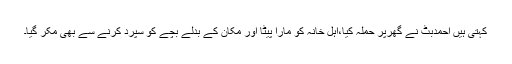
کہتی ہیں احمدبٹ نے گھرپر حملہ کیا،اہل خانہ کو مارا پیٹا اور مکان کے بدلے بچے کو سپرد کرنے سے بھی مکر گیا۔